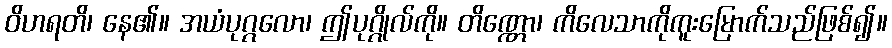
ဝိဟရတိ၊ နေ၏။ အယံပုဂ္ဂလော၊ ဤပုဂ္ဂိုလ်ကို။ တိဏ္ဏော၊ ကိလေသာကိုကူးမြောက်သည်ဖြစ်၍။